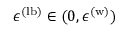
\epsilon ^ { \mathrm { ( l b ) } } \in ( 0 , \epsilon ^ { \mathrm { ( w ) } } )